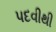
પદવીથી